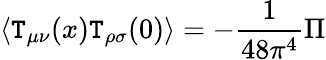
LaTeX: \langle\mathtt{T}_{\mu\nu}(x)\mathtt{T}_{\rho\sigma}(0)\rangle=-{\frac{{1}}{{48\pi^{4}}}}{\Pi}